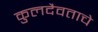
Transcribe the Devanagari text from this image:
कुलदैवताचे